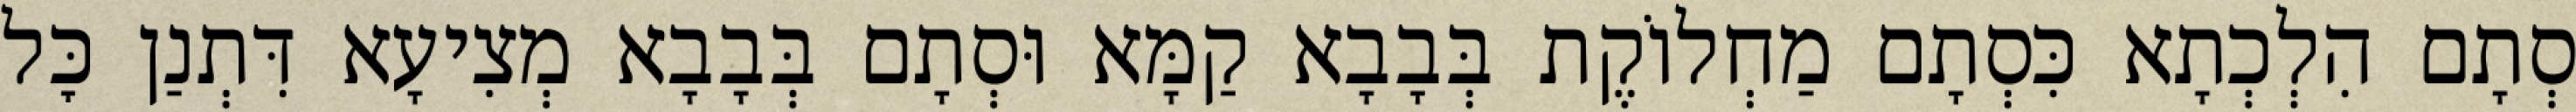
סְתָם הִלְכְתָא כִּסְתָם מַחְלוֹקֶת בְּבָבָא קַמָּא וּסְתָם בְּבָבָא מְצִיעָא דִּתְנַן כׇּל